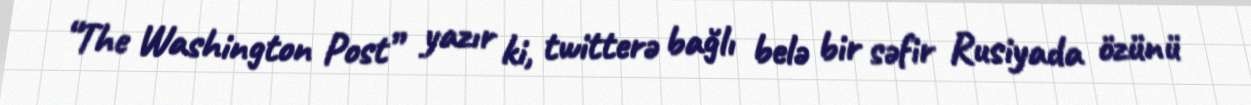
“The Washington Post” yazır ki, twitterə bağlı belə bir səfir Rusiyada özünü